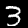
Digit: 3